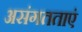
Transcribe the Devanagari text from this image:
असंगतताएं